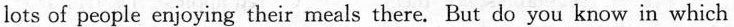
lots of people enjoying their meals there. But do you know in which